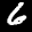
Label: 6